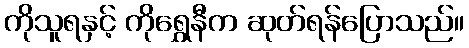
ကိုသူရနှင့် ကိုရွှေနီက ဆုတ်ရန်ပြောသည်။